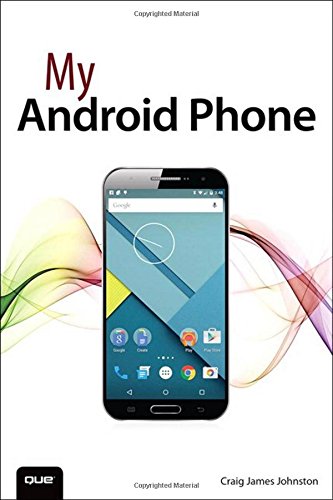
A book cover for My Android Phone; Craig James Johnston; Computers & Technology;